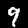
Label: 9